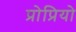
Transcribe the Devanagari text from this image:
प्रोप्रियो